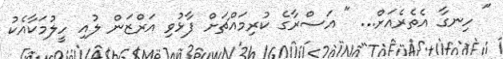
" ހިނގާ އެތެރެއަށް... " އަސްރާގެ ކުރިމައްޗަށް ފާޅުވި އަރްޒަން ލުއި ހީލުމަކާއެކު